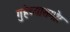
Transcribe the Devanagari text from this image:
गुहेच्यासमोर